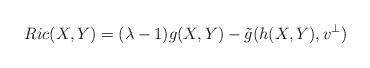
LaTeX: \begin{align*} Ric(X,Y)=(\lambda-1)g(X,Y)-\tilde g(h(X,Y),v^\perp)\end{align*}